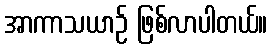
အာကာသယာဉ် ဖြစ်လာပါတယ်။